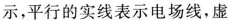
示，平行的实线表示电场线，虚